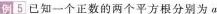
例5 已知一个正数的两个平方根分别为a